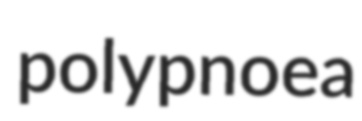
polypnoea